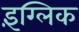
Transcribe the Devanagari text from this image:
इंग्लिक